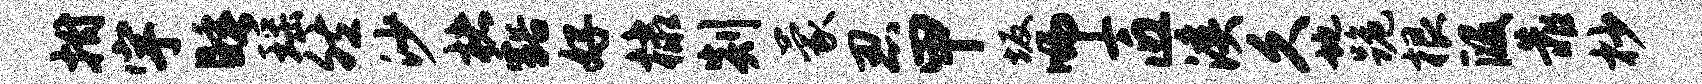
拊宇睡瑶然沙楮豁好棣剡蒙忍甲坂师匠溪久地跪根段靠杪